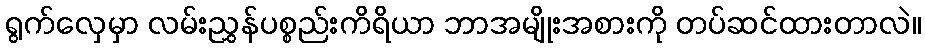
ရွက်လှေမှာ လမ်းညွှန်ပစ္စည်းကိရိယာ ဘာအမျိုးအစားကို တပ်ဆင်ထားတာလဲ။